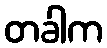
တခါက